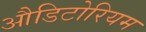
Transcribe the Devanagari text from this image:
औडिटोरियम